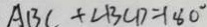
A B C + \angle B C D = 1 8 0 ^ { \circ }